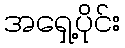
အရှေ့ပိုင်း